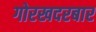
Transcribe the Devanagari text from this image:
गोरखदरबार